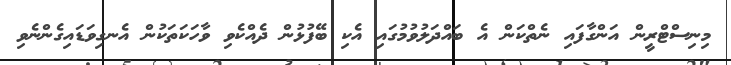
މިނިސްޓްރީން އަންގާފައި ނެތްކަން އެ ބައްދަލުވުމުގައި އެކި ބޭފުޅުން ދެެއްކެވި ވާހަކަތަކުން އެނގިވަޑައިގެންނެވި